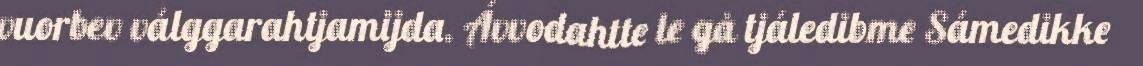
vuorbev válggarahtjamijda. Ávvodahtte le gå tjáledibme Sámedikke